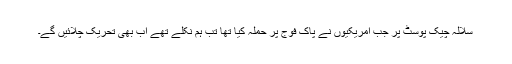
سلالہ چیک پوسٹ پر جب امریکیوں نے پاک فوج پر حملہ کیا تھا تب ہم نکلے تھے اب بھی تحریک چلائیں گے۔